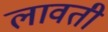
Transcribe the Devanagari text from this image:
लावती